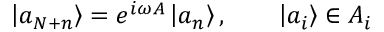
\left| a _ { N + n } \right\rangle = e ^ { i \omega A } \left| a _ { n } \right\rangle , \qquad \left| a _ { i } \right\rangle \in { \cal A } _ { i }